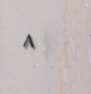
٨